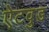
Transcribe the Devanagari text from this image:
ऐटवुड